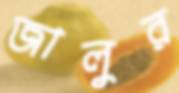
জালুর